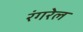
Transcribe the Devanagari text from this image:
रंगरेल